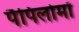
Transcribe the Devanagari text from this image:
पैपिलोमों